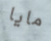
مايا